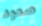
صعود